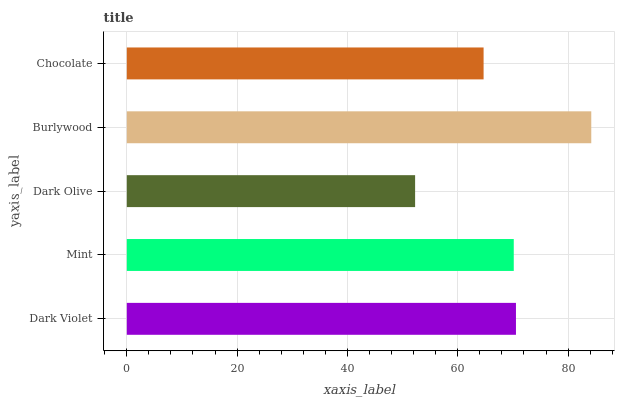
| yaxis_label | bars |
 | --- | --- |
 | Dark Violet | 70.5 |
 | Mint | 70.2 |
 | Dark Olive | 52.3 |
 | Burlywood | 84.2 |
 | Chocolate | 64.7 |